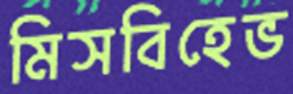
মিসবিহেভ